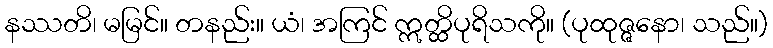
နဿတိ၊ မမြင်။ တနည်း။ ယံ၊ အကြင် ဣတ္ထိပုရိသကို။ (ပုထုဇ္ဇနော၊ သည်။)